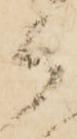
御